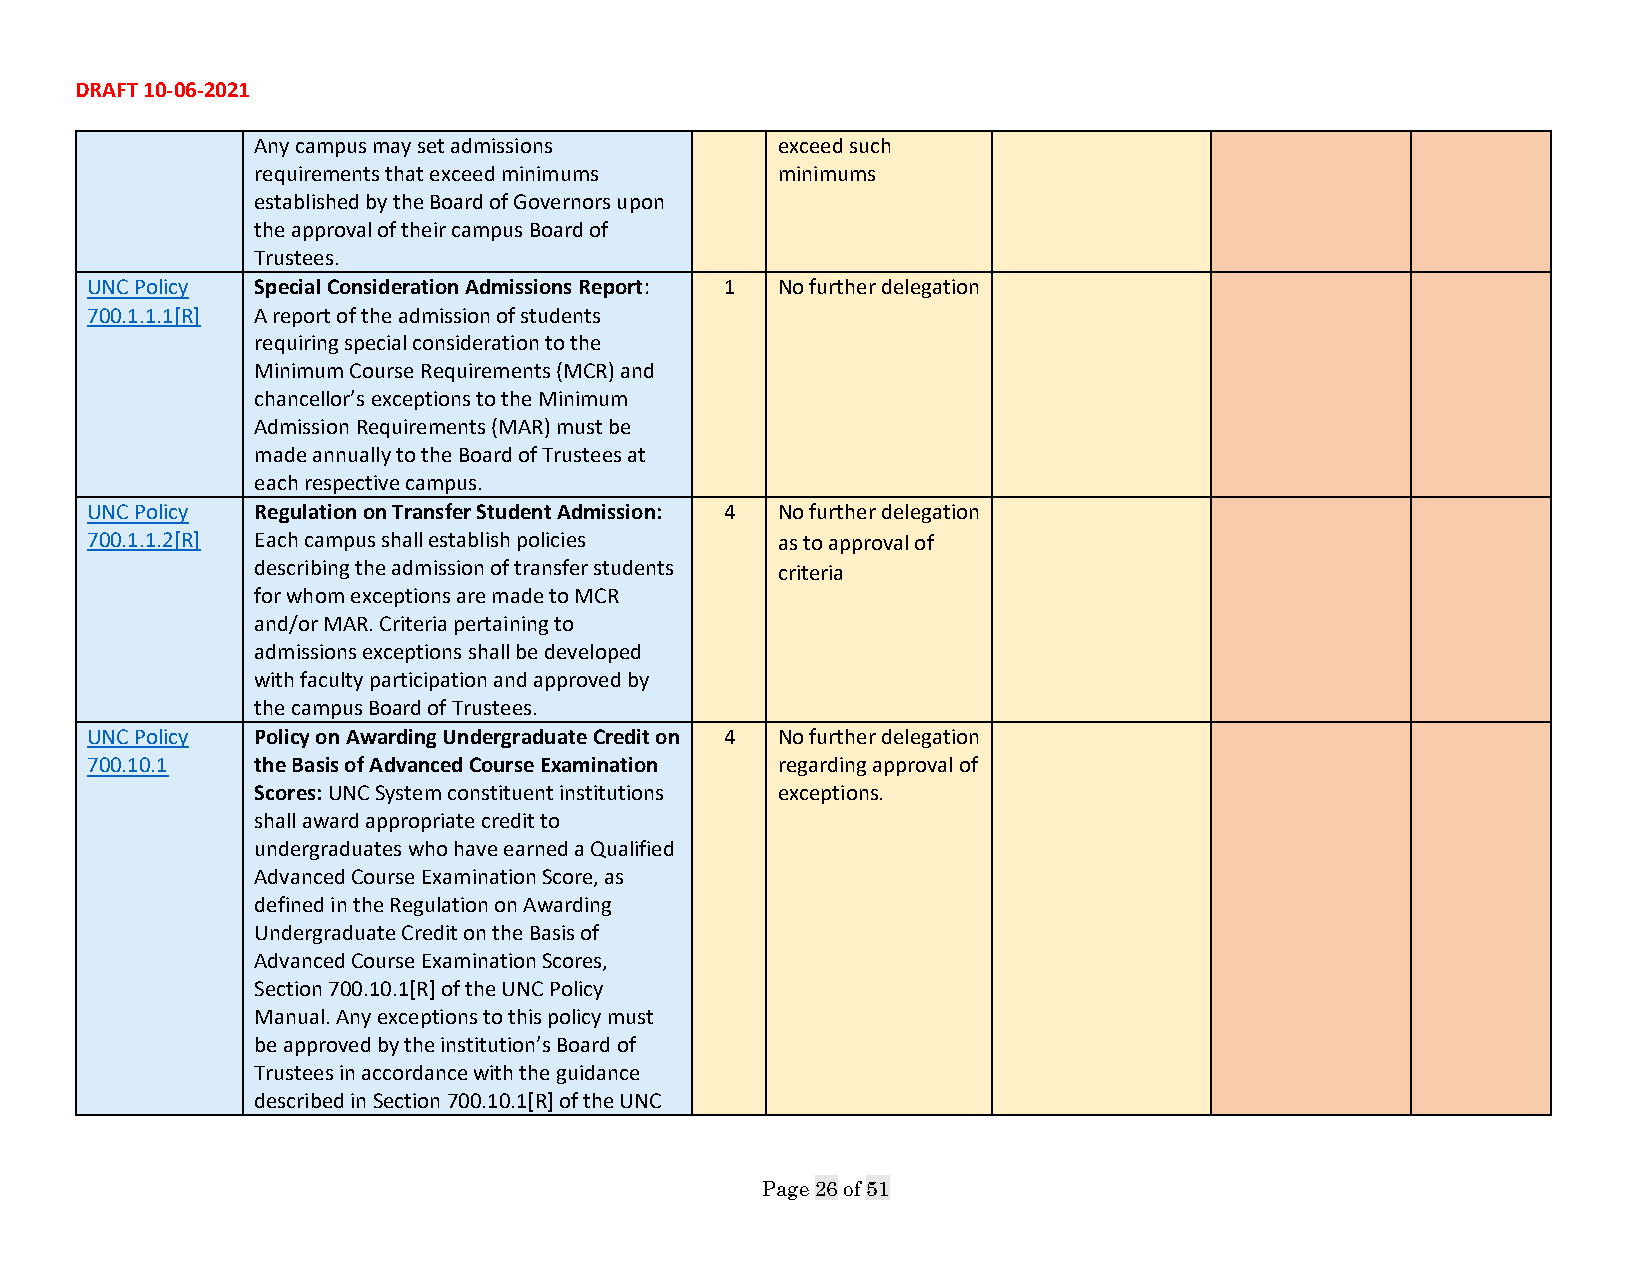
DRAFT 10-06-2021
 Any campus may set admissions     exceed such
 requirements that exceed minimums minimums
 established by the Board of Governors upon
 the approval of their campus Board of
 Trustees.
 UNC Policy Special Consideration Admissions Report: 1 No further delegation
 700.1.1.1[R] A report of the admission of students
 requiring special consideration to the
 Minimum Course Requirements (MCR) and
 chancellor’s exceptions to the Minimum
 Admission Requirements (MAR) must be
 made annually to the Board of Trustees at
 each respective campus.
 UNC Policy Regulation on Transfer Student Admission: 4 No further delegation
 700.1.1.2[R] Each campus shall establish policies as to approval of
 describing the admission of transfer students criteria
 for whom exceptions are made to MCR
 and/or MAR. Criteria pertaining to
 admissions exceptions shall be developed
 with faculty participation and approved by
 the campus Board of Trustees.
 UNC Policy Policy on Awarding Undergraduate Credit on 4 No further delegation
 700.10.1   the Basis of Advanced Course Examination regarding approval of
 Scores: UNC System constituent institutions exceptions.
 shall award appropriate credit to
 undergraduates who have earned a Qualified
 Advanced Course Examination Score, as
 defined in the Regulation on Awarding
 Undergraduate Credit on the Basis of
 Advanced Course Examination Scores,
 Section 700.10.1[R] of the UNC Policy
 Manual. Any exceptions to this policy must
 be approved by the institution’s Board of
 Trustees in accordance with the guidance
 described in Section 700.10.1[R] of the UNC
 Page 26 of 51